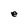
Character: e